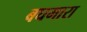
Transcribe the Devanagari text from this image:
बघमारा